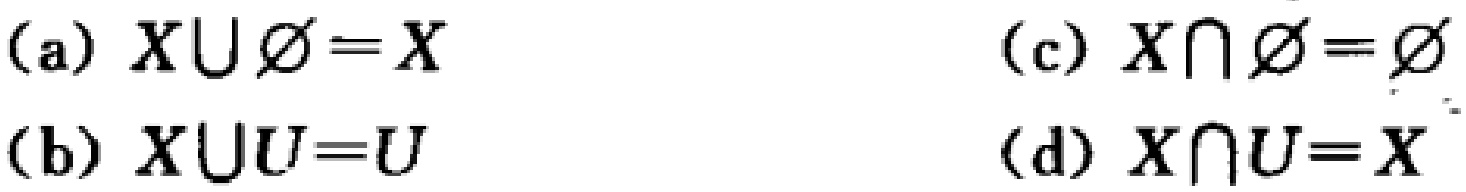
(a) \(X\cup \varnothing = X\)

(b) \(X\cup U = U\)

(c) \(X\cap \varnothing = \varnothing\)

(d) \(X\cap U = X\)